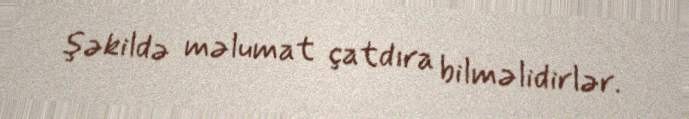
şəkildə məlumat çatdıra bilməlidirlər.